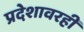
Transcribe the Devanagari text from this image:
प्रदेशावरही